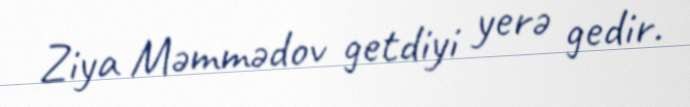
Ziya Məmmədov getdiyi yerə gedir.